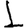
Digit: 1